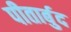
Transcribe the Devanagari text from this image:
पीतार्बुद